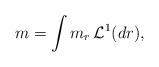
LaTeX: \begin{align*} m=\int m_r\,\mathcal{L}^1(dr), \end{align*}